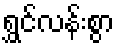
ရွှင်လန်းစွာ